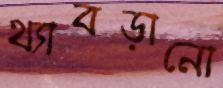
থ্যাবড়ানো